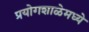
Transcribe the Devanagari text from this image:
प्रयोगशाळेमध्ये